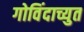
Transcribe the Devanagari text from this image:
गोविंदाच्युत